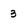
Character: 3